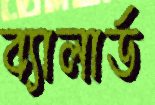
ব্যালার্ড